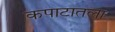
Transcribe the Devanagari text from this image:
कपाटातला